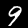
Label: 9